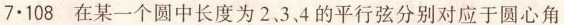
7·108 在某一个圆中长度为2、3、4的平行弦分别对应于圆心角